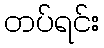
တပ်ရင်း